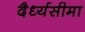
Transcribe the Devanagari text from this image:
दैर्ध्यसीमा